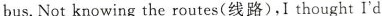
bus,Not knowing the routes(线路),I thought I'd